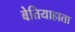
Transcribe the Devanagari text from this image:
बेतियाहाता